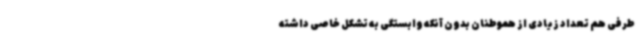
طرفی هم تعداد زیادی از هموطنان بدون آنکه وابستگی به تشکل خاصی داشته